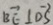
\overrightarrow { B E } \bot \overrightarrow { O S }